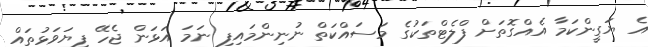
އެ ޔަގީންކަމާ އެއްގޮތަށް ފްލެޓްތަކުގެ މަސައްކަތް ނުނިންމައިފި ނަމަ އަޅަން ޖެހޭ ފިޔަވަޅުތައް